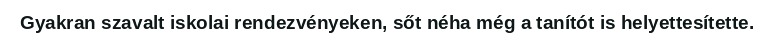
Gyakran szavalt iskolai rendezvényeken, sőt néha még a tanítót is helyettesítette.